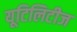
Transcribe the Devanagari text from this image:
यूटिलिटीज